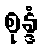
စုန္ဒံ